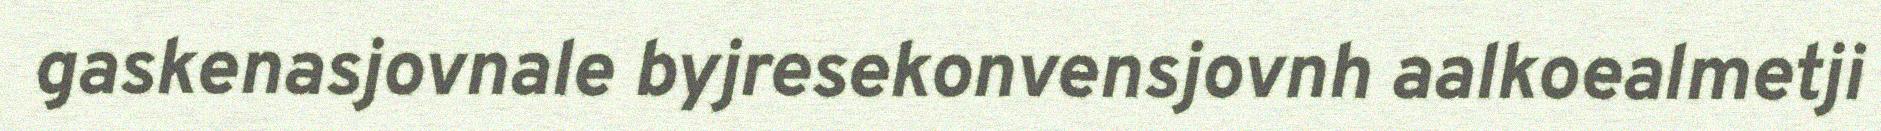
gaskenasjovnale byjresekonvensjovnh aalkoealmetji